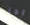
اجر